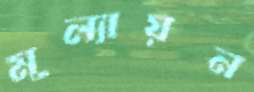
মূল্যায়ন